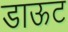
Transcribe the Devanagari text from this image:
डाऊट